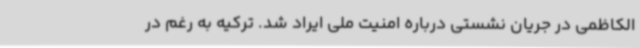
الکاظمی در جریان نشستی درباره امنیت ملی ایراد شد. ترکیه به رغم در